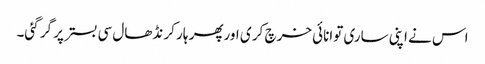
اس نے اپنی ساری توانائی خرچ کر ی اورپھر ہار کر نڈھال سی بستر پر گر گئی۔